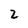
Character: 2